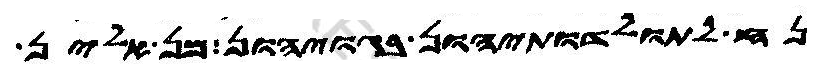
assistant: נח לתולדותיהון בגויהון מן אלין